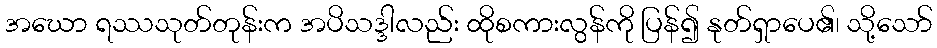
အဃော ရဿသုတ်တုန်းက အပိသဒ္ဒါလည်း ထိုစကားလွန်ကို ပြန်၍ နုတ်ရှာပေ၏၊ သို့သော်